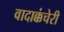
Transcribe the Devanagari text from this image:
वादाक्कंचेरी